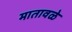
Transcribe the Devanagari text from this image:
मातावळे